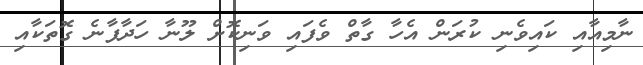
ނާމިއާއި ކައިވެނި ކުރަން އެހާ ގާތް ވެފައި ވަނިކޮށް ލޫނާ ހަދާފާނެ ގޮތަކާއި